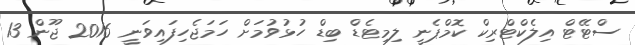
ސްޓޭޓް އިލެކްޓްރިކް ކޮމްޕެނީ ލިމިޓެޑް ބިޑް ހުޅުވުމަށް ހަމަޖެހިފައިވަނީ 2016 ޖޫން 13